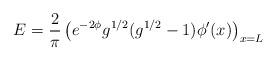
LaTeX: \begin{align*}E={2 \over \pi} \left(e^{-2\phi} g^{1/2}(g^{1/2}-1)\phi' (x) \right)_{x=L}\end{align*}